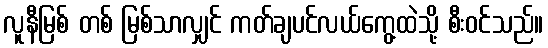
လူနီမြစ် တစ် မြစ်သာလျှင် ကတ်ချပင်လယ်ကွေ့ထဲသို့ စီးဝင်သည်။